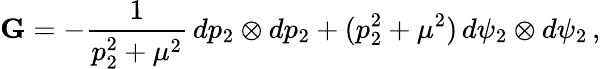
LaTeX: \mathbf{G}=-\frac{1}{p_{2}^{2}+\mu^{2}}\, dp_{2}\otimes dp_{2}+(p_{2}^{2}+\mu^{2})\, d\psi_{2}\otimes d\psi_{2}\, ,